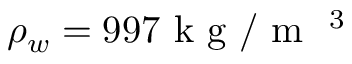
\rho _ { w } = 9 9 7 \mathrm { ~ k ~ g ~ } / { { \mathrm { ~ m ~ } } ^ { \mathrm { ~ 3 ~ } } }